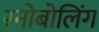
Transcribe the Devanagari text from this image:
स्नोबोलिंग